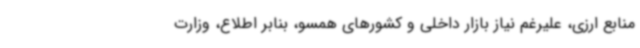
منابع ارزی، علیرغم نیاز بازار داخلی و کشورهای همسو، بنابر اطلاع، وزارت